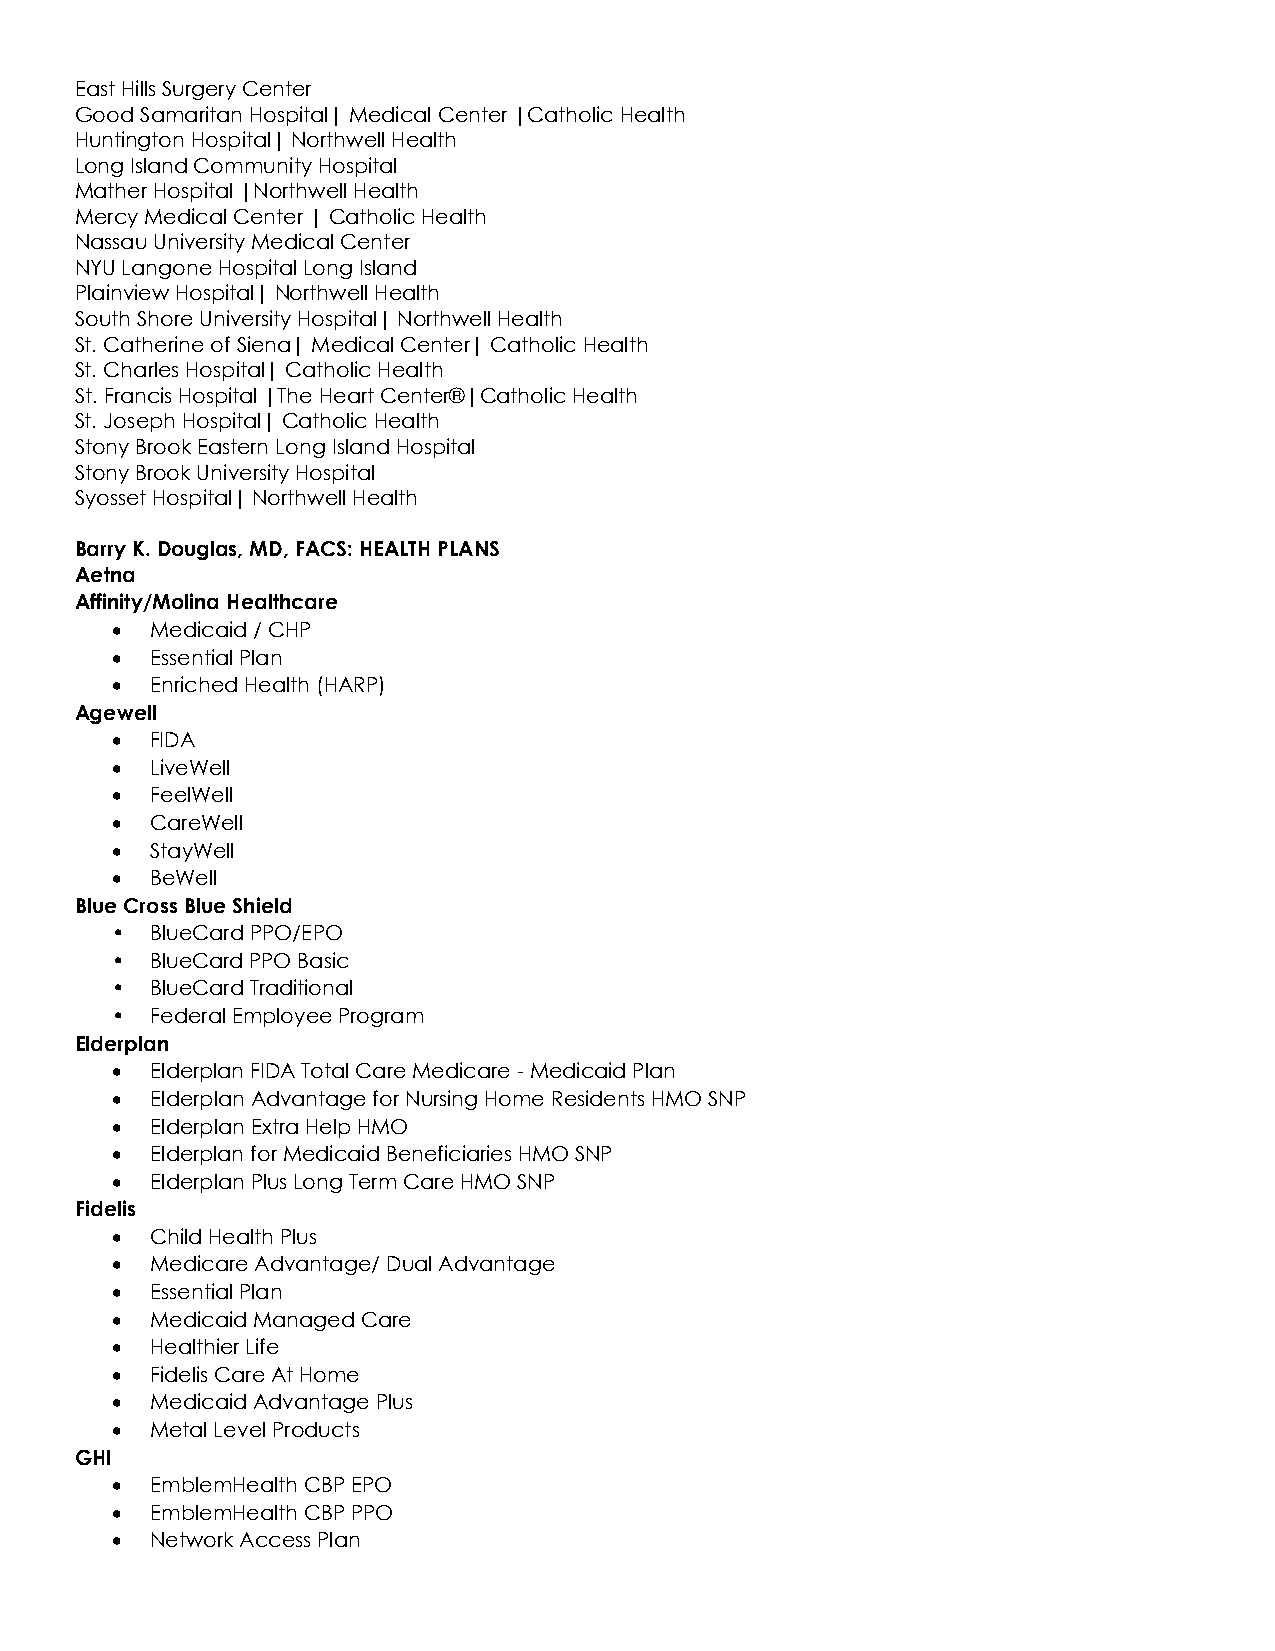
East Hills Surgery Center
 Good Samaritan Hospital| Medical Center |Catholic Health
 Huntington Hospital| Northwell Health
 Long Island Community Hospital
 Mather Hospital |Northwell Health
 Mercy Medical Center | Catholic Health
 Nassau University Medical Center
 NYU Langone Hospital Long Island
 Plainview Hospital| Northwell Health
 South Shore University Hospital| Northwell Health
 St. Catherine of Siena| Medical Center| Catholic Health
 St. Charles Hospital| Catholic Health
 St. Francis Hospital |The Heart Center®|Catholic Health
 St. Joseph Hospital| Catholic Health
 Stony Brook Eastern Long Island Hospital
 Stony Brook University Hospital
 Syosset Hospital| Northwell Health
 Barry K. Douglas, MD, FACS: HEALTH PLANS
 Aetna
 Affinity/Molina Healthcare
 •  Medicaid / CHP
 •  Essential Plan
 •  Enriched Health (HARP)
 Agewell
 •  FIDA
 •  LiveWell
 •  FeelWell
 •  CareWell
 •  StayWell
 •  BeWell
 Blue Cross Blue Shield
 •  BlueCard PPO/EPO
 •  BlueCard PPO Basic
 •  BlueCard Traditional
 •  Federal Employee Program
 Elderplan
 •  Elderplan FIDA Total Care Medicare - Medicaid Plan
 •  Elderplan Advantage for Nursing Home Residents HMO SNP
 •  Elderplan Extra Help HMO
 •  Elderplan for Medicaid Beneficiaries HMO SNP
 •  Elderplan Plus Long Term Care HMO SNP
 Fidelis
 •  Child Health Plus
 •  Medicare Advantage/ Dual Advantage
 •  Essential Plan
 •  Medicaid Managed Care
 •  Healthier Life
 •  Fidelis Care At Home
 •  Medicaid Advantage Plus
 •  Metal Level Products
 GHI
 •  EmblemHealth CBP EPO
 •  EmblemHealth CBP PPO
 •  Network Access Plan